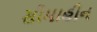
સીમાહીન